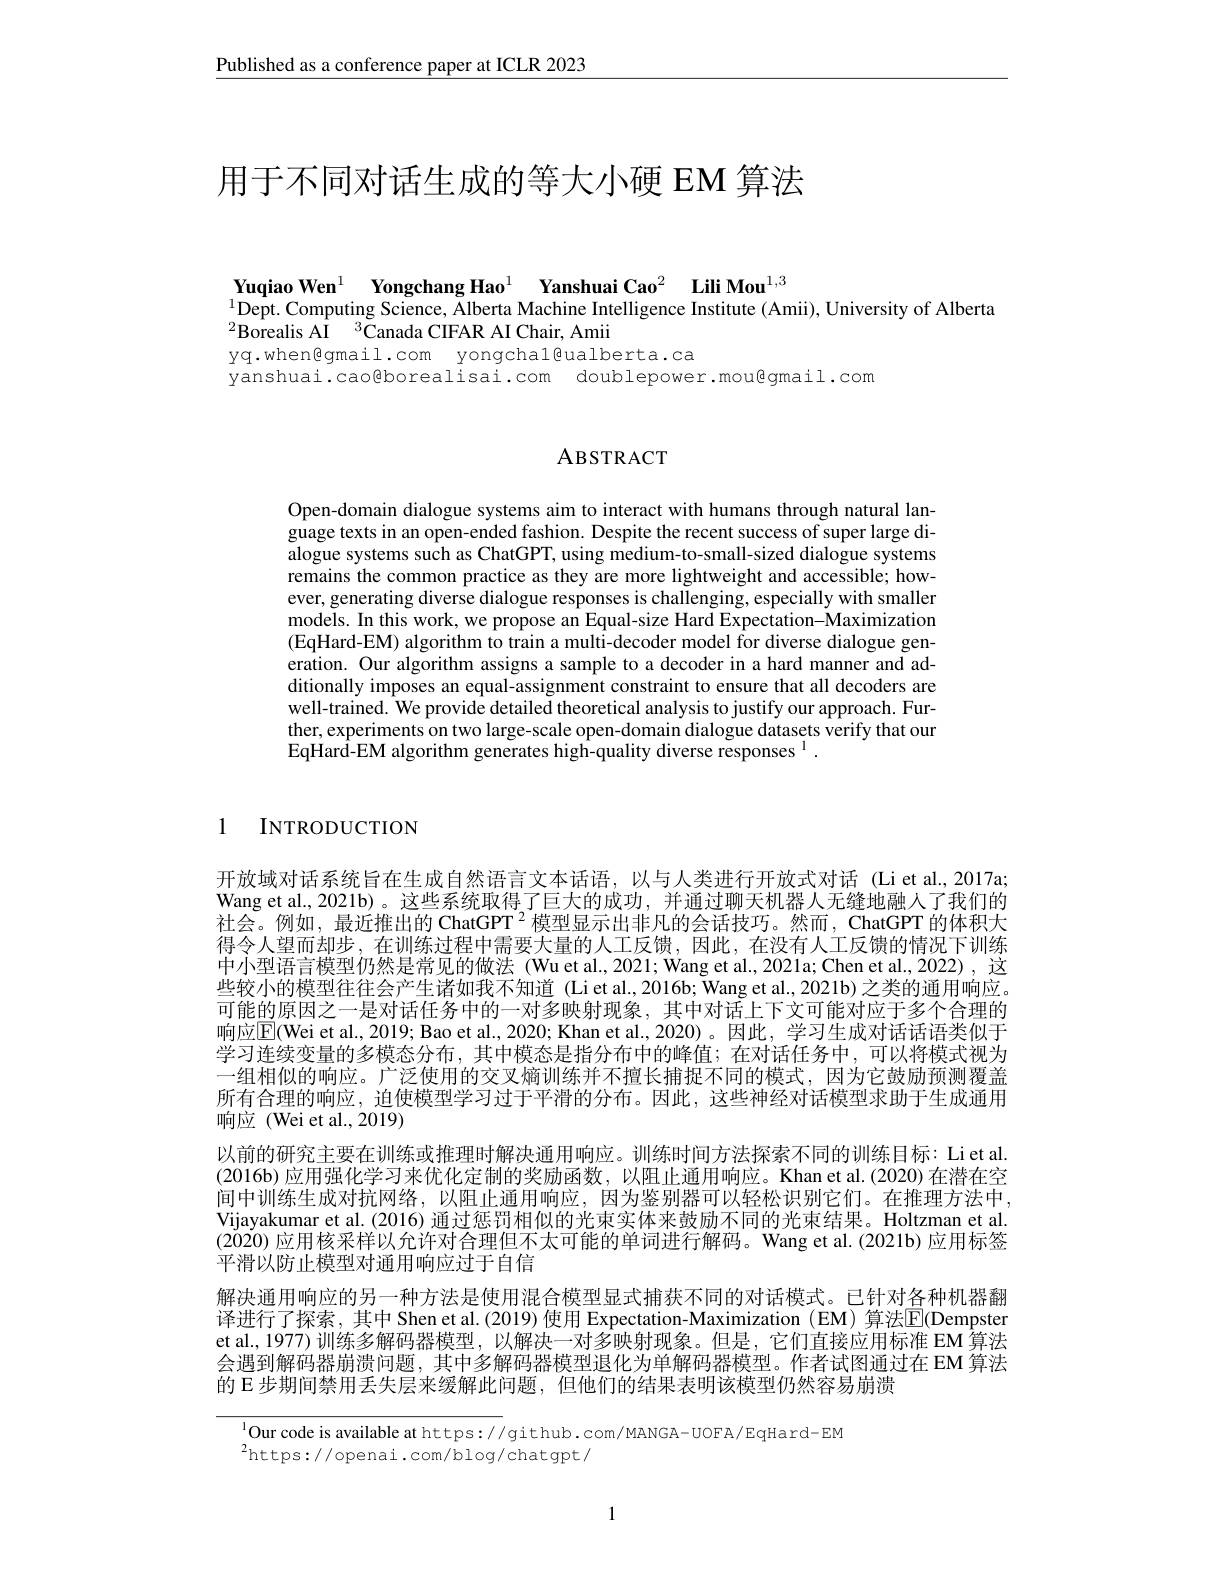
Published as a conference paper at ICLR 2023

# 用于不同对话生成的等大小硬 EM 算法

Yuqiao Wen$^{1}$ Yongchang Hao$^{1}$ Yanshuai Cao$^{2}\textbf{Lili Mou}^{1,3}$
$^{1}$Dept. Computing Science, Alberta Machine Intelligence Institute (Amii), University of Alberta
$^{2}$Borealis AI$\:^3$Canada CIFAR AI Chair, Amii
yq.whengmail.com yongchal@ualberta.ca
yanshuai.cao@borealisai.com doublepower.mou@gmail.com

## ABSTRACT

Open-domain dialogue systems aim to interact with humans through natural language texts in an open-ended fashion. Despite the recent success of super large dialogue systems such as ChatGPT, using medium-to-small-sized dialogue systems remains the common practice as they are more lightweight and accessible; however, generating diverse dialogue responses is challenging, especially with smaller $\begin{array}{c}\mathrm{models.~In~this~work,~we~propose~an~Equal-size~Hard~Expectation-Maximization}\\\mathrm{models.~In~this~work,~we~propose~an~Equal-size~Hard~Expectation-Maximization}\end{array}$ (EqHard-EM) algorithm to train a multi-decoder model for diverse dialogue generation. Our algorithm assigns a sample to a decoder in a hard manner and additionally imposes an equal-assignment constraint to ensure that all decoders are well-trained. We provide detailed theoretical analysis to justify our approach. Further, experiments on two large-scale open-domain dialogue datasets verify that our EqHard-EM algorithm generates high-quality diverse responses $^{1}.$

1 INTRODUCTION

开放域对话系统旨在生成自然语言文本话语，以与人类进行开放式对话 (Liet al.,2017a; Wang et al., 2021b)。这些系统取得了巨大的成功，并通过聊天机器人无缝地融人了我们的社会。例如，最近推出的 ChatGPT 2 模型显示出非凡的会话技巧。然而，ChatGPT 的体积大得令人望而却步，在训练过程中需要大量的人工反馈，因此，在没有人工反馈的情况下训练中小型语言模型仍然是常见的做法 (Wu et al., 2021; Wang et al., 2021a; Chen et al., 2022) , 这些较小的模型往往会产生诸如我不知道 (Li et al.,2016b; Wang et al., 2021b) 之类的通用响应。可能的原因之一是对话任务中的一对多映射现象，其中对话上下文可能对应于多个合理的响应$\boxed{\mathrm{E}}($Wei et al., 2019; Bao et al., 2020; Khan et al., 2020)。因此，学习生成对话话语类似于学习连续变量的多模态分布，其中模态是指分布中的峰值；在对话任务中，可以将模式视为一组相似的响应。广泛使用的交叉熵训练并不擅长捕捉不同的模式，因为它鼓励预测覆盖所有合理的响应，迫使模型学习过于平滑的分布。因此，这些神经对话模型求助于生成通用响应 (Wei et al.,2019)
以前的研究主要在训练或推理时解决通用响应。训练时间方法探索不同的训练目标：Li et al. (2016b) 应用强化学习来优化定制的奖励函数，以阻止通用响应。Khan et al.(2020) 在潜在空间中训练生成对抗网络，以阻止通用响应，因为鉴别器可以轻松识别它们。在推理方法中Vijayakumar et al. (2016) 通过惩罚相似的光束实体来鼓励不同的光束结果。Holtzman et al (20$\dot{2}\dot{0}$) 应用核采样以允许对合理但不太可能的单词进行解码。Wang et al.(2021b) 应用标签平滑以防止模型对通用响应过于自信
解决通用响应的另一种方法是使用混合模型显式捕获不同的对话模式。已针对各种机器翻译进行了探索，其中 Shen et al.(2019) 使用 Expectation-Maximization (EM) 算法$\mathbb{E}($Dempster et al., 1977) 训练多解码器模型，以解决一对多映射现象。但是，它们直接应用标准 EM 算法会遇到解码器崩溃问题，其中多解码器模型退化为单解码器模型。作者试图通过在 EM 算法的 E 步期间禁用丢失层来缓解此问题，但他们的结果表明该模型仍然容易崩溃

$^{1}$Our code is available at https://github. com/MANGA-UOFA/EqHard-EM
$^{2}$https://openai.com/blog/chatgpt/

1